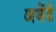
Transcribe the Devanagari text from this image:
अजेंडे